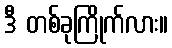
ဒီ တစ်ခုကြိုက်လား။